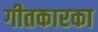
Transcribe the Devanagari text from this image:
गीतकारका